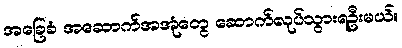
အခြေခံ အဆောက်အအုံတွေ ဆောက်လုပ်သွားရဦးမယ်။